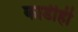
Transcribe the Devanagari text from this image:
काडीही